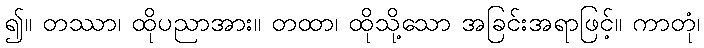
၍။ တဿာ၊ ထိုပညာအား။ တထာ၊ ထိုသို့သော အခြင်းအရာဖြင့်။ ကာတုံ၊